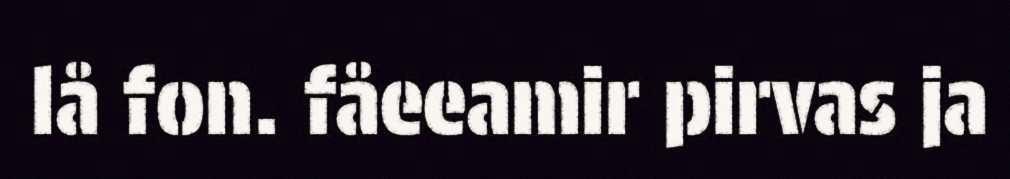
lå fon. fåeeamir pirvas ja